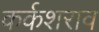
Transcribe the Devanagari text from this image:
कर्कशराव